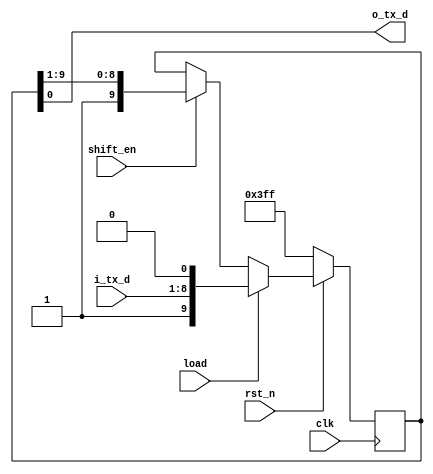
//: 
//: UART(Tx)
// : Shift Register      UART Tx Module 
//: Buad Rate 115200(1/115200  1 ) (0) (1)   8.

module Shift_Register_Tx(
    clk         ,
    rst_n       ,
    i_tx_d      ,
    load        ,
    shift_en    ,
    o_tx_d                             
);

input               clk         ;
input               rst_n       ;
input [7:0]         i_tx_d      ;
input               load        ;
input               shift_en    ;

output              o_tx_d      ;

reg [9:0] d_reg;

always @(posedge clk) begin
    if(!rst_n)
        d_reg <= 10'b11_1111_1111;
    else if(load)
        d_reg <= {1'b1, i_tx_d, 1'b0};
    else if(shift_en)
        d_reg <= {1'b1, d_reg[9:1]};
    else
        d_reg <= d_reg;
end

assign o_tx_d = d_reg[0];

endmodule